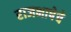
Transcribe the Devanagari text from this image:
राजभाषेचे